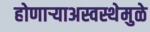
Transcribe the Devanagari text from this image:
होणाऱ्याअस्वस्थेमुळे